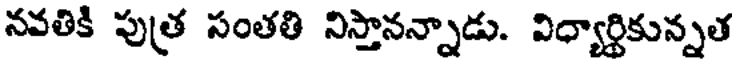
నవతికి పుత్ర సంతతి నిస్తానన్నాడు. విధ్యార్థికున్నత